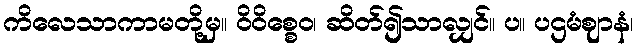
ကိလေသာကာမတို့မှ။ ဝိဝိစ္စေဝ၊ ဆိတ်၍သာလျှင်။ ပ။ ပဌမံဈာနံ၊